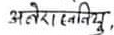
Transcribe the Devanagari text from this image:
अबे रा। स्तनिद्रु,